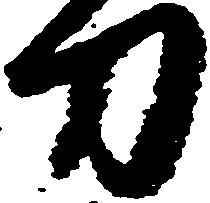
刀